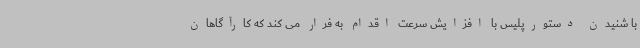
با شنیدن دستورپلیس با افزایش سرعت اقدام به فرار می کند که کارآگاهان